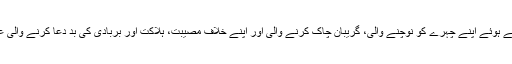
ابو امامہ رضی اللہ عنہ بیان کرتے ہیں کہ میت پر نوحہ کرتے ہوئے اپنے چہرے کو نوچنے والی، گریبان چاک کرنے والی اور اپنے خلاف مصیبت، ہلاکت اور بربادی کی بد دعا کرنے والی عورت پر رسول اللہ صلی اللہ علیہ وسلم نے لعنت فرمائی ہے۔